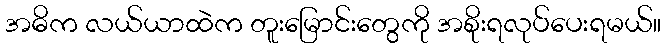
အဓိက လယ်ယာထဲက တူးမြောင်းတွေကို အစိုးရလုပ်ပေးရမယ်။